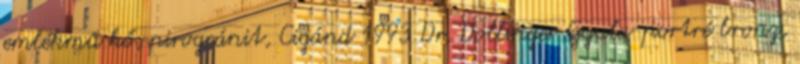
emlékmű kő, pirogránit, Cigánd 1993 Dr. Dollinger Gyula-portré bronz,